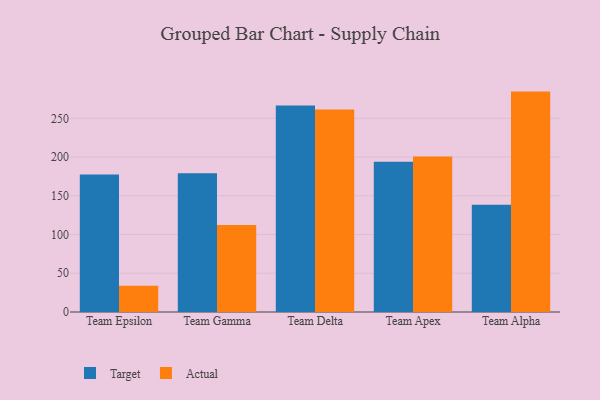
{"axis": {"x": "Team", "y": "Backlog"}, "legend": ["Actual", "Target"], "data": [{"x": "Team Epsilon", "y": 177.4, "type": "Target"}, {"x": "Team Epsilon", "y": 33.9, "type": "Actual"}, {"x": "Team Gamma", "y": 179.2, "type": "Target"}, {"x": "Team Gamma", "y": 112.2, "type": "Actual"}, {"x": "Team Delta", "y": 266.7, "type": "Target"}, {"x": "Team Delta", "y": 261.4, "type": "Actual"}, {"x": "Team Apex", "y": 193.9, "type": "Target"}, {"x": "Team Apex", "y": 200.6, "type": "Actual"}, {"x": "Team Alpha", "y": 138.5, "type": "Target"}, {"x": "Team Alpha", "y": 284.5, "type": "Actual"}]}